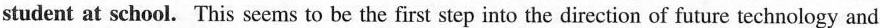
student at school. This seems to be the first step into the direction of future technology and